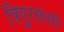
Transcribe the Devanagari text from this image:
त्रिपुरसंदरी